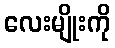
လေးမျိုးကို